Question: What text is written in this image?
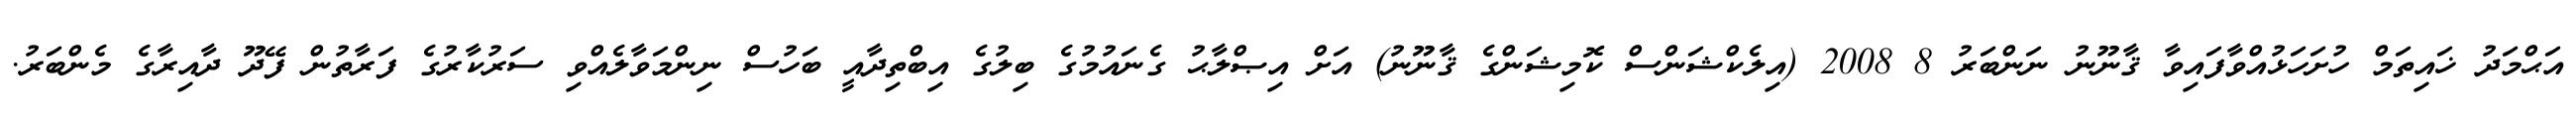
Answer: އަޙްމަދު ޚައިތަމް ހުށަހަޅުއްވާފައިވާ ޤާނޫނު ނަންބަރު 8 2008 (އިލެކްޝަންސް ކޮމިޝަންގެ ޤާނޫނު) އަށް އިޞްލާޙު ގެނައުމުގެ ބިލުގެ އިބްތިދާއީ ބަހުސް ނިންމަވާލެއްވި ސަރުކާރުގެ ފަރާތުން ފޭދޫ ދާއިރާގެ މެންބަރު.